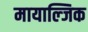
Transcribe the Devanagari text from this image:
मायाल्जिक